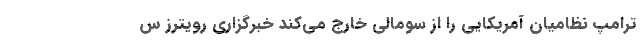
ترامپ نظامیان آمریکایی را از سومالی خارج می‌کند خبرگزاری رویترز س